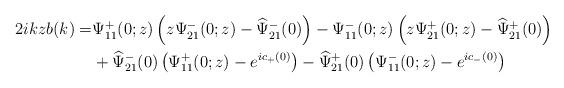
LaTeX: \begin{align*}\begin{aligned}2 i k z b(k)=& \Psi^+_{11}(0 ; z)\left(z \Psi^-_{21}(0;z)-\widehat{\Psi}^-_{21}(0)\right)-\Psi^-_{11}(0;z)\left(z \Psi^+_{21}(0; z)-\widehat{\Psi}^+_{21}(0)\right) \\&+\widehat{\Psi}^-_{21}(0)\left(\Psi^+_{11}(0;z)-e^{ic_+(0)}\right)-\widehat{\Psi}^+_{21}(0)\left(\Psi^-_{11}(0;z)-e^{ic_-(0)}\right)\end{aligned}\end{align*}